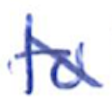
Text: to
Cross-out: diagonal
Writing tool: ballpoint